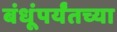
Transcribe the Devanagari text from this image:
बंधूंपर्यंतच्या